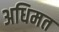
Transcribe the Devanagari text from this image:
अधिमत